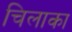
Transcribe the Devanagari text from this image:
चिलाका